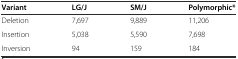
<table><thead><tr><td><b>Variant</b></td><td><b>LG/J</b></td><td><b>SM/J</b></td><td><b>Polymorphic*</b></td></tr></thead><tbody><tr><td>Deletion</td><td>7,697</td><td>9,889</td><td>11,206</td></tr><tr><td>Insertion</td><td>5,038</td><td>5,590</td><td>7,698</td></tr><tr><td>Inversion</td><td>94</td><td>159</td><td>184</td></tr></tbody></table>